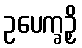
ဥပေက္ခဉှိ